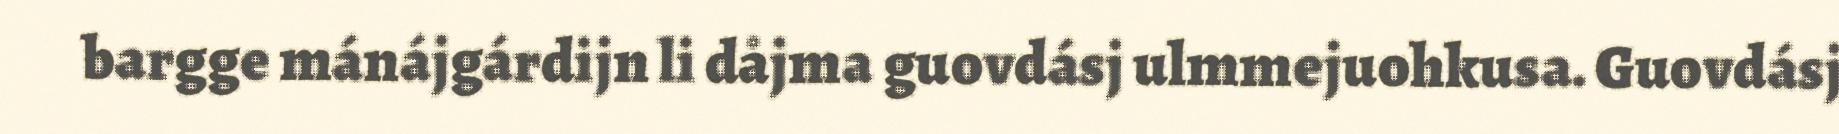
bargge mánájgárdijn li dåjma guovdásj ulmmejuohkusa. Guovdásj